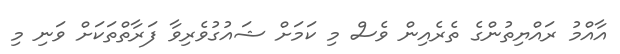
އާއްމު ރައްޔިތުންގެ ތެރެއިން ވެސް މި ކަމަށް ޝައުގުވެރިވާ ފަރާތްތަކަށް ވަނި މި